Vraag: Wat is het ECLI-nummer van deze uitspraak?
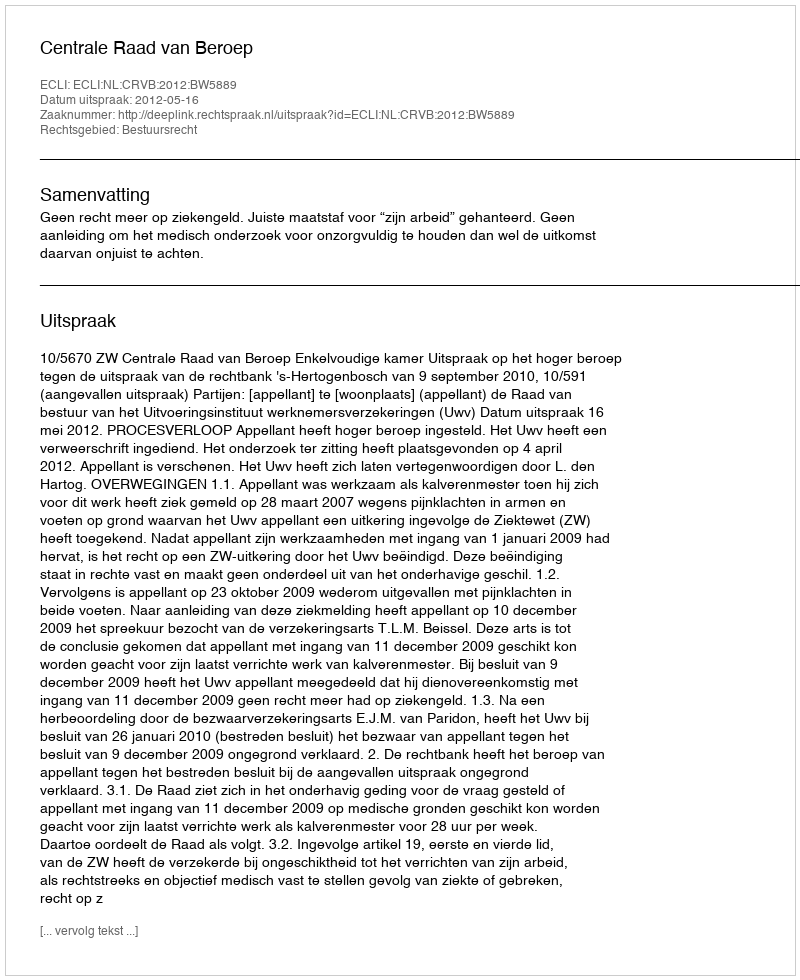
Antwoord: ECLI:NL:CRVB:2012:BW5889